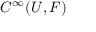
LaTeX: C ^ { \infty } ( U , F )